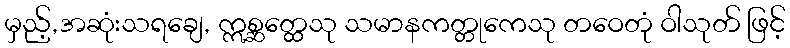
မှည့်,အဆုံးသရချေ, ဣစ္ဆတ္ထေသု သမာနကတ္တုကေသု တဝေတုံ ဝါသုတ် ဖြင့်